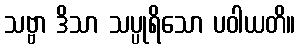
သဗ္ဗာ ဒိသာ သပ္ပုရိသော ပဝါယတိ။